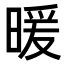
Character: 暖